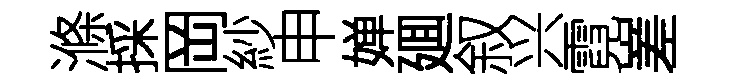
滌採岡紗申婵廽叙兴霓嵳